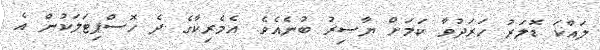
ލައްކަ ޑޮލަރު ހަރަދުވާ ކަމަށް ޔާސިރު ބުނެއެވެ. އެމެރިކާގެ ދެ ހޮސްޕިޓަލަކުން އެ